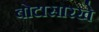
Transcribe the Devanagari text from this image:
बोटासारखे